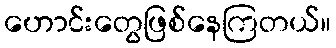
ဟောင်းတွေဖြစ်နေကြတယ်။